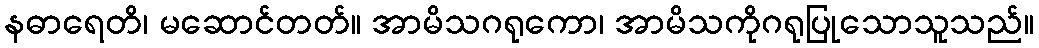
နဓာရေတိ၊ မဆောင်တတ်။ အာမိသဂရုကော၊ အာမိသကိုဂရုပြုသောသူသည်။